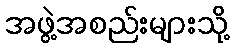
အဖွဲ့အစည်းများသို့